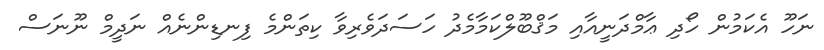
ނަހޫ އެކަމުން ހޯދި ޢާމްދަނީއާއި މަޤްބޫލްކަމާމެދު ހަސަދަވެރިވާ ކިތަންމެ ފިނޑިންނެއް ނަދީމް ނޫނަސް